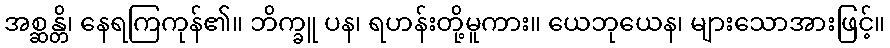
အစ္ဆန္တိ၊ နေရကြကုန်၏။ ဘိက္ခူ ပန၊ ရဟန်းတို့မူကား။ ယေဘုယေန၊ များသောအားဖြင့်။